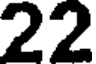
22